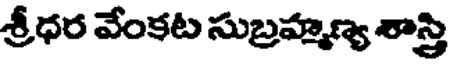
శ్రీధర వేంకట సుబ్రహ్మణ్య శాస్త్రి